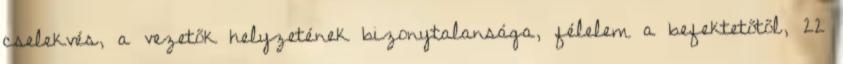
cselekvés, a vezetők helyzetének bizonytalansága, félelem a befektetőtől, 22